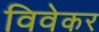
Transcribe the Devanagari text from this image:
विवेकर